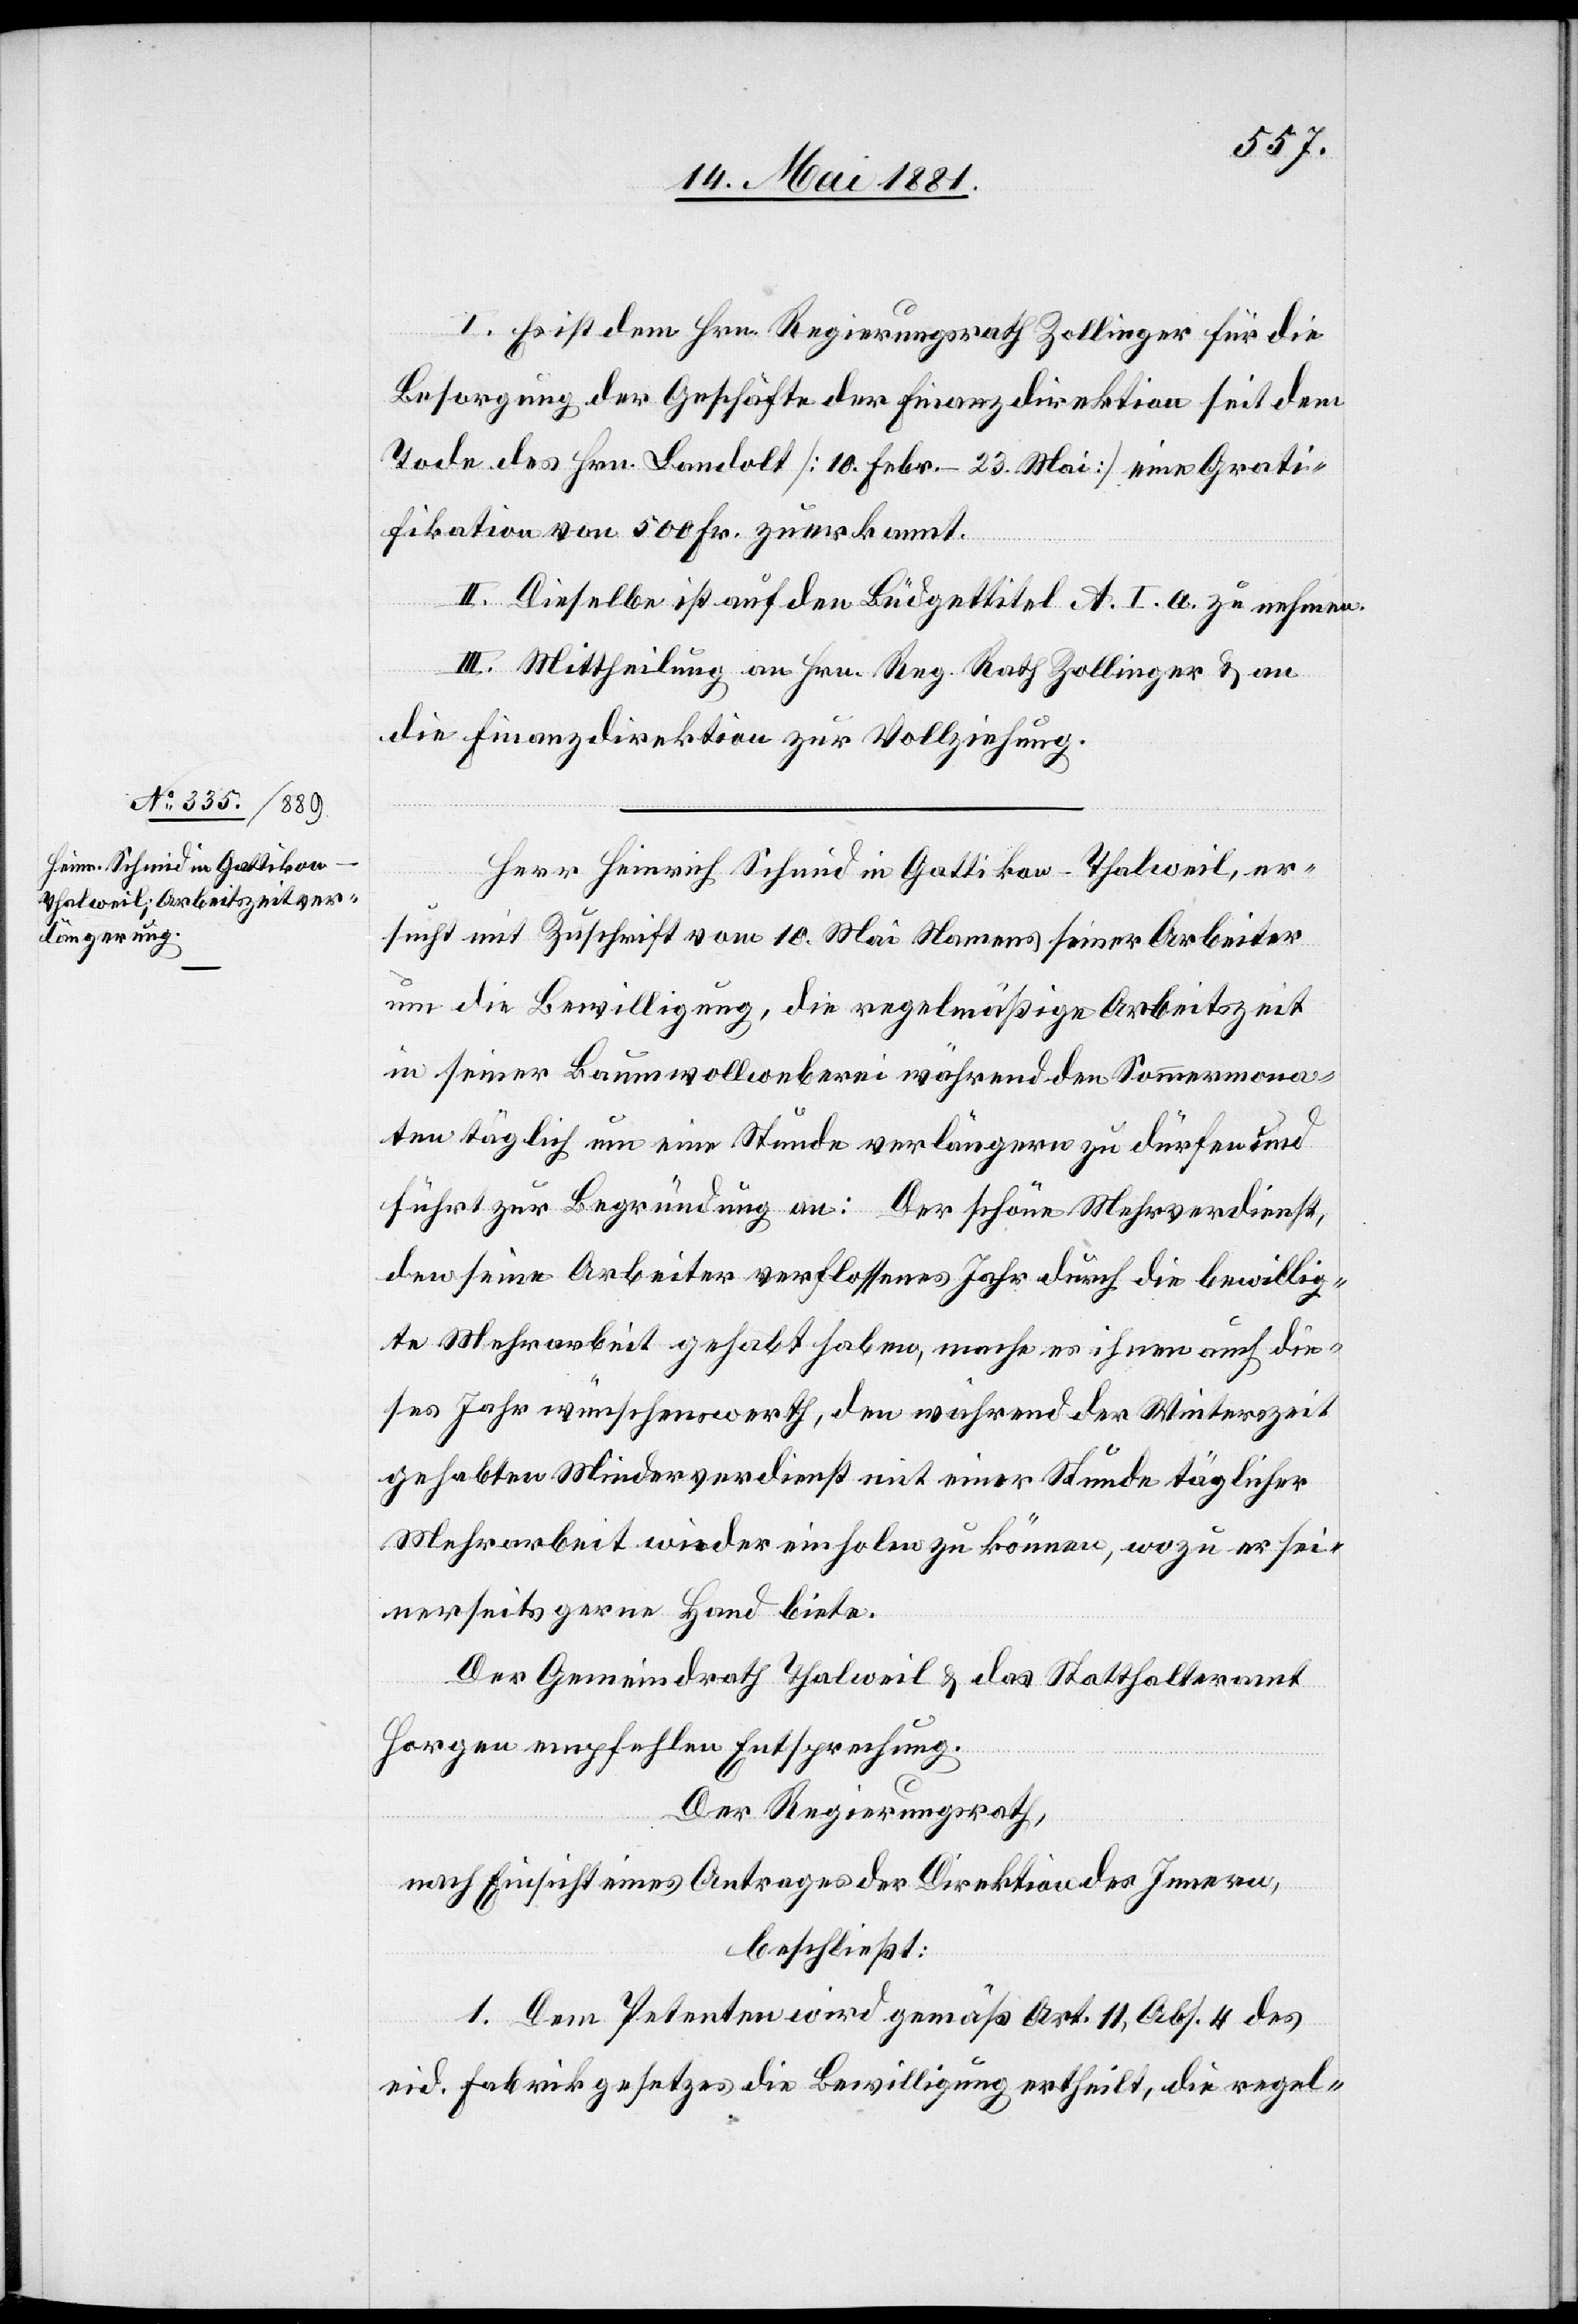
I. Es ist dem Hrn. Regierungsrath Zollinger für die
Besorgung der Geschäfte der Finanzdirektion seit dem
Tode des Hrn. Landolt [10. Febr.–23. Mai] eine Grati¬
fikation von 500 Fr. zuerkannt.
II. Dieselbe ist auf den Büdgettitel A. I. a. zu nehmen.
III. Mittheilung an Hrn. Reg. Rath Zollinger & an
die Finanzdirektion zur Vollziehung.
Herr Heinrich Schmid in Gattikon - Thalweil, er¬
sucht mit Zuschrift vom 10. Mai Namens seiner Arbeiter
um die Bewilligung, die regelmäßige Arbeitszeit
in seiner Baumwollweberei während den Sommermona¬
ten täglich um eine Stunde verlängern zu dürfen und
führt zur Begründung an: Der schöne Mehrverdienst,
den seine Arbeiter verflossenes Jahr durch die bewillig¬
te Mehrarbeit gehabt haben, mache es ihnen auch die¬
ses Jahr wünschenswerth, den während der Winterszeit
gehabten Minderverdienst mit einer Stunde täglicher
Mehrarbeit wieder einholen zu können, wozu er sei¬
nerseits gerne Hand biete.
Der Gemeindrath Thalweil & das Statthalteramt
Horgen empfehlen Entsprechung.
Der Regierungsrath,
nach Einsicht eines Antrages der Direktion des Innern,
beschließt:
1. Dem Petenten wird gemäß Art. 11, Abs. 4 des
eid. Fabrikgesetzes die Bewilligung ertheilt, die regel-